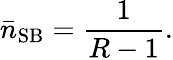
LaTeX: \bar{n}_{\mathrm{SB}}=\frac{1}{R-1}.